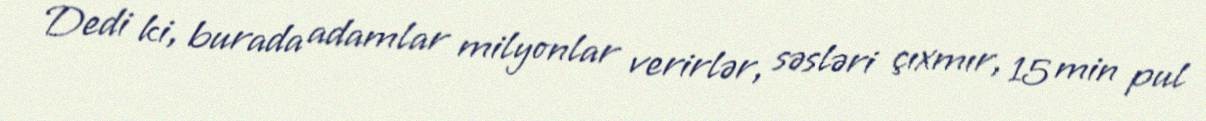
Dedi ki, burada adamlar milyonlar verirlər, səsləri çıxmır, 15 min pul